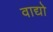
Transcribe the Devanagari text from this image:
वाद्यो